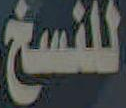
للنسخ